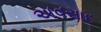
અવસાદ